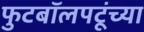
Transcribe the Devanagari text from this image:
फुटबॉलपटूंच्या